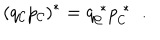
( q _ { \cal C } p _ { \cal C } ) ^ { * } = q _ { \cal C } ^ { \; * } p _ { \cal C } ^ { \; * } \; \; .